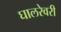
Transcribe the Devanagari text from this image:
घालरेवरी